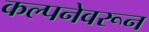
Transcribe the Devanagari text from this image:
कल्पनेवरून